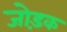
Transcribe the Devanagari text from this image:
जोड़क